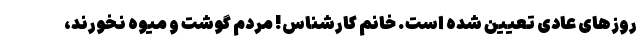
روز‌های عادی تعیین شده است. خانم کارشناس! مردم گوشت و میوه نخورند،